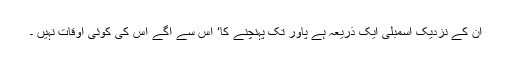
ان کے نزدیک اسمبلی ایک ذریعہ ہے پاور تک پہنچنے کا‘ اس سے آگے اس کی کوئی اوقات نہیں ۔